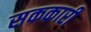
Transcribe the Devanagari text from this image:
सककारी